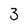
Character: 3